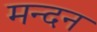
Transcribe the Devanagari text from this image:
मन्दन